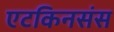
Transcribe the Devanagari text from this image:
एटकिनसंस